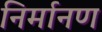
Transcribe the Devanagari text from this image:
निर्मानण